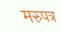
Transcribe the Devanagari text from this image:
मरुपत्र